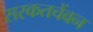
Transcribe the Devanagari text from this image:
सस्कतचेंवन